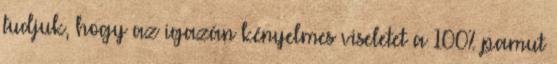
tudjuk, hogy az igazán kényelmes viseletet a 100% pamut